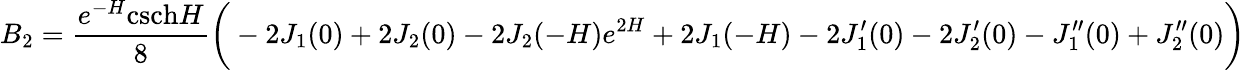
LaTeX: B_{2}=\frac{e^{-H}\textrm{csch}H}{8}\bigg(-2J_{1}(0)+2J_{2}(0)-2J_{2}(-H)e^{2H}+2J_{1}(-H)-2J_{1}^{\prime}(0)-2J_{2}^{\prime}(0)-J_{1}^{\prime\prime}(0)+J_{2}^{\prime\prime}(0)\bigg)